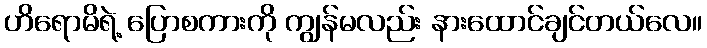
ဟိရောမိရဲ့ ပြောစကားကို ကျွန်မလည်း နားထောင်ချင်တယ်လေ။